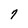
Character: 7